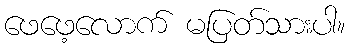
ဖေဖေ့လောက် မပြတ်သားပါ။